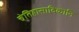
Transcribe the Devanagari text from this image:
चेतिहासादिकानि